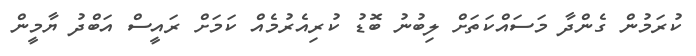
ކުރަމުން ގެންދާ މަސައްކަތަށް ލިބުނު ބޮޑު ކުރިއެރުމެއް ކަމަށް ރައީސް އަބްދު ޔާމީން